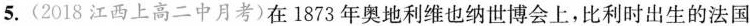
5.(2018江西上高二中月考)在1873年奥地利维也纳世博会上，比利时出生的法国